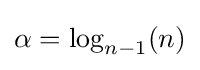
\alpha =\log _{n-1}(n)